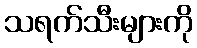
သရက်သီးများကို